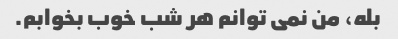
بله، من نمی توانم هر شب خوب بخوابم.